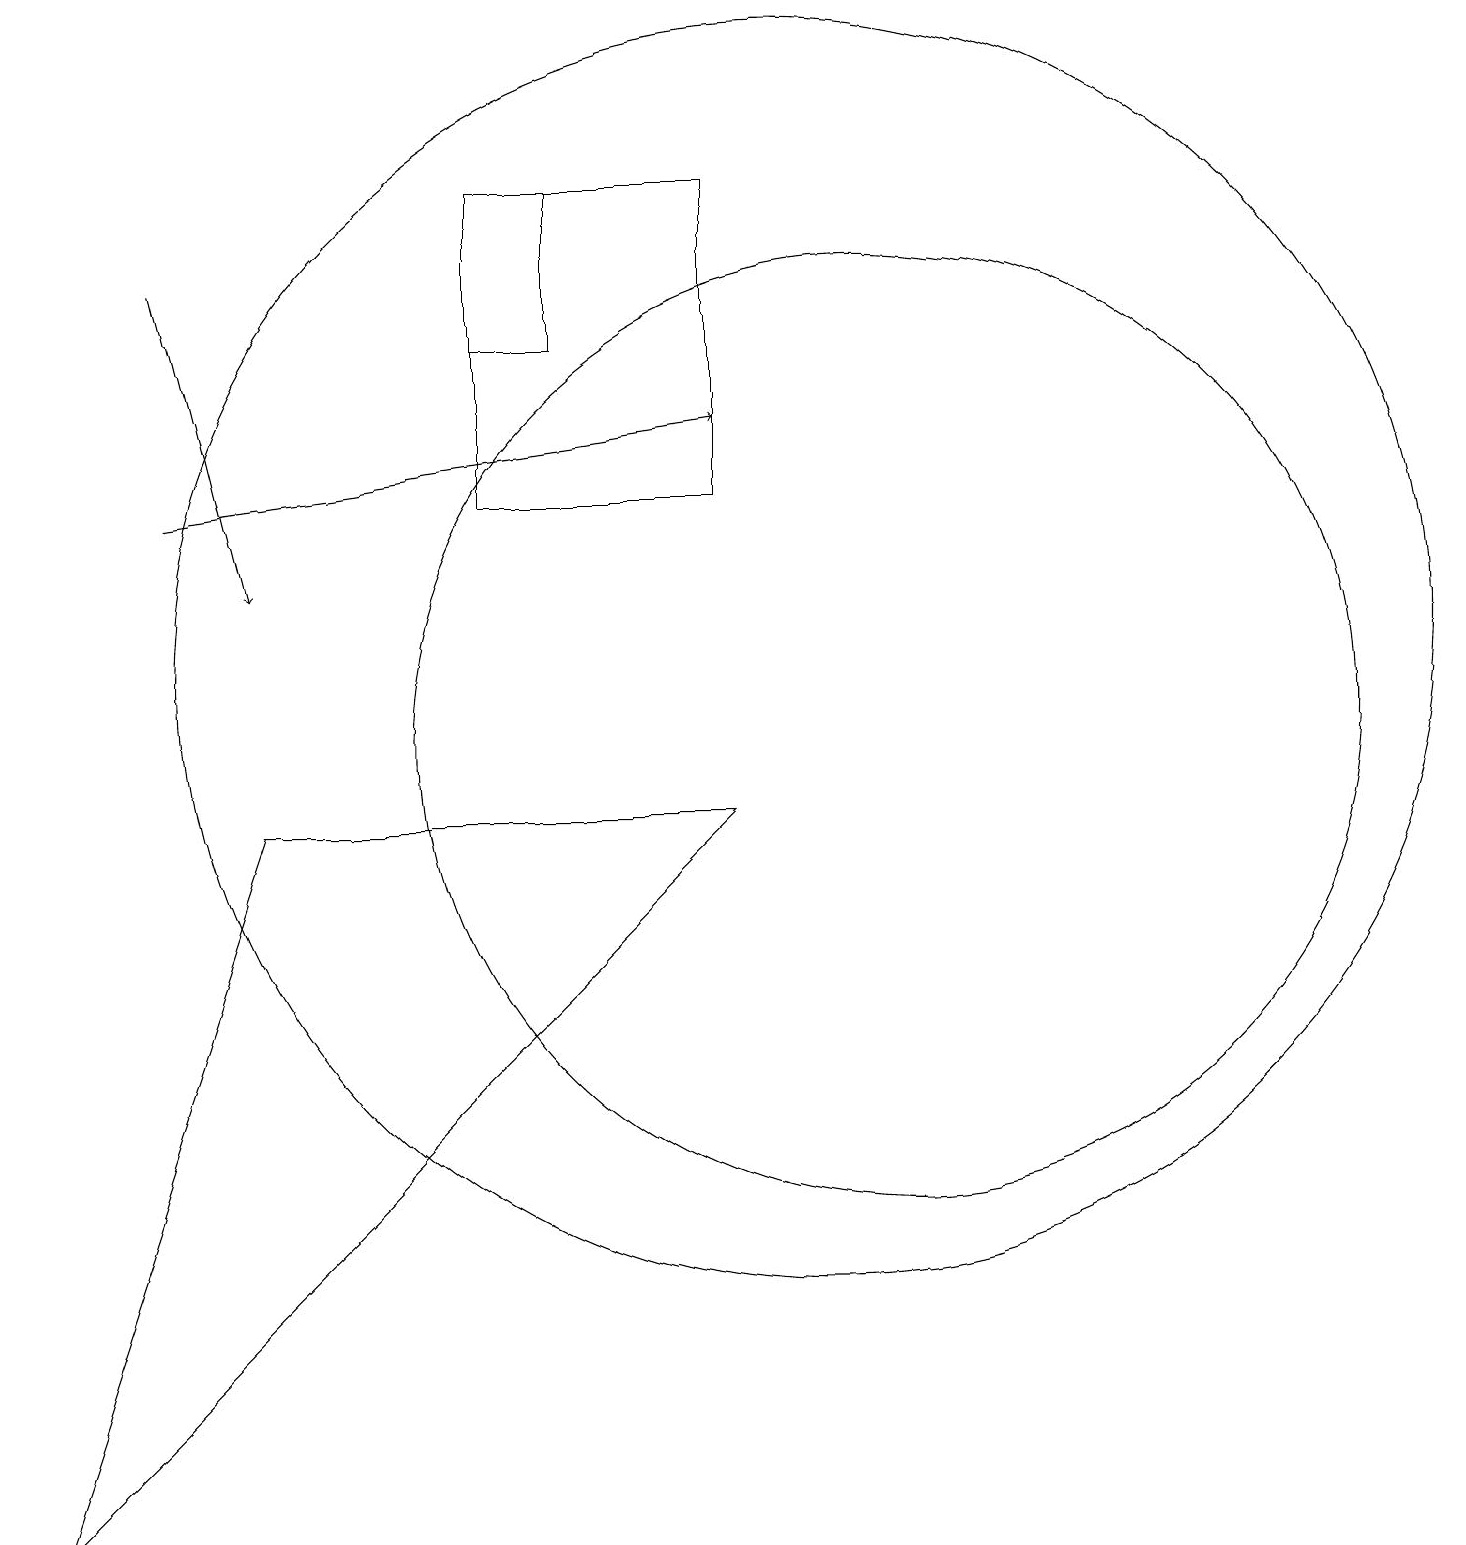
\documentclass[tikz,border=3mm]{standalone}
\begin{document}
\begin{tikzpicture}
\draw (3,9) -- (9,9) -- (0,0) -- cycle;
\draw (11,10) circle (6);
\draw (7,15) rectangle (6,17);
\draw (10,11) circle (8);
\draw[->] (2,13) -- (9,14);
\draw[->] (2,16) -- (3,12);
\draw (6,17) rectangle (9,13);
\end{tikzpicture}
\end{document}